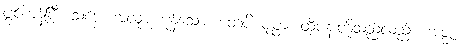
ပွင့်ကုန်ပြီ။ သဗ္ဗေ၊ အလုံးစုံကုန်သော။ တေပိ ပုပ္ဖာ၊ ထိုပန်းတို့သည်လည်း။ အဇ္ဇ၊